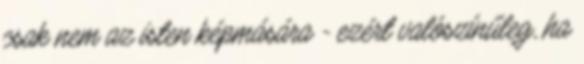
csak nem az isten képmására - ezért valószínűleg, ha